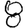
Digit: 8